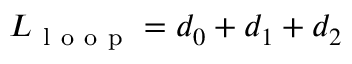
L _ { \mathrm { ~ l ~ o ~ o ~ p ~ } } = d _ { 0 } + d _ { 1 } + d _ { 2 }